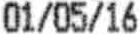
01/05/16